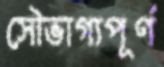
সৌভাগ্যপূর্ণ